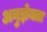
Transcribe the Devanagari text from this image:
अनुज्ञेयता